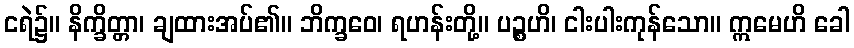
ငရဲ၌။ နိက္ခိတ္တာ၊ ချထားအပ်၏။ ဘိက္ခဝေ၊ ရဟန်းတို့။ ပဉ္စဟိ၊ ငါးပါးကုန်သော။ ဣမေဟိ ခေါ